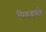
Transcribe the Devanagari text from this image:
पियदसी